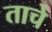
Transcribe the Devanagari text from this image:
ताचे